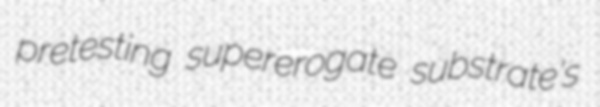
pretesting supererogate substrate's